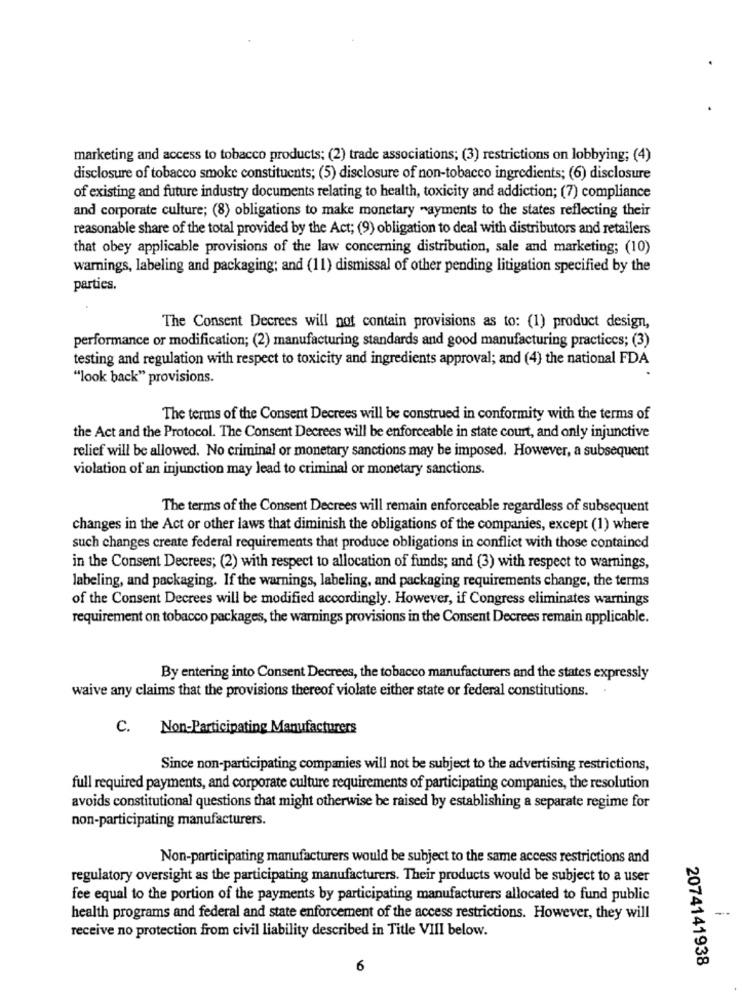
marketing and access to tobacco products; (2) trade associations; (3) restrictions on lobbying; (4)
disclosure of tobacco smoke constituents; (5) disclosure of non-tobacco ingredients; (6) disclosure
of existing and future industry documents relating to health, toxicity and addiction; (7) compliance
and corporate culture; (8) obligations to make monetary -ayments to the states reflecting their
reasonable share of the total provided by the Act; (9) obligation to deal with distributors and retailers
that obey applicable provisions of the law concerning distribution, sale and marketing; (10)
warnings, labeling and packaging; and (11) dismissal of other pending litigation specified by the
parties.
The Consent Decrees will not contain provisions as to: (1) product design,
performance or modification; (2) manufacturing standards and good manufacturing practices; (3)
testing and regulation with respect to toxicity and ingredients approval; and (4) the national FDA
"look back" provisions.
The terms of the Consent Decrees will be construed in conformity with the terms of
the Act and the Protocol. The Consent Decrees will be enforceable in state court, and only injunctive
relief will be allowed. No criminal or monetary sanctions may be imposed. However, a subsequent
violation of an injunction may lead to criminal or monetary sanctions.
The terms of the Consent Decrees will remain enforceable regardless of subsequent
changes in the Act or other laws that diminish the obligations of the companies, except (1) where
such changes create federal requirements that produce obligations in conflict with those contained
in the Consent Decrees; (2) with respect to allocation of funds; and (3) with respect to warnings,
labeling, and packaging. If the warnings, labeling, and packaging requirements change, the terms
of the Consent Decrees will be modified accordingly. However, if Congress eliminates warnings
requirement on tobacco packages, the warnings provisions in the Consent Decrees remain applicable.
By entering into Consent Decrees, the tobacco manufacturers and the states expressly
waive any claims that the provisions thereof violate either state or federal constitutions.
C.
Non-Participating Manufacturers
Since non-participating companies will not be subject to the advertising restrictions,
full required payments, and corporate culture requirements of participating companies, the resolution
avoids constitutional questions that might otherwise be raised by establishing a separate regime for
non-participating manufacturers.
Non-participating manufacturers would be subject to the same access restrictions and
regulatory oversight as the participating manufacturers. Their products would be subject to a user
fee equal to the portion of the payments by participating manufacturers allocated to fund public
-
health programs and federal and state enforcement of the access restrictions. However, they will
receive no protection from civil liability described in Title VIII below.
2074141938
6